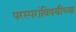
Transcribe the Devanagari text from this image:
परस्परांविषयीच्या